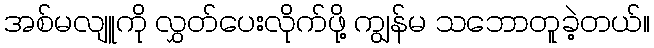
အစ်မလျူကို လွှတ်ပေးလိုက်ဖို့ ကျွန်မ သဘောတူခဲ့တယ်။